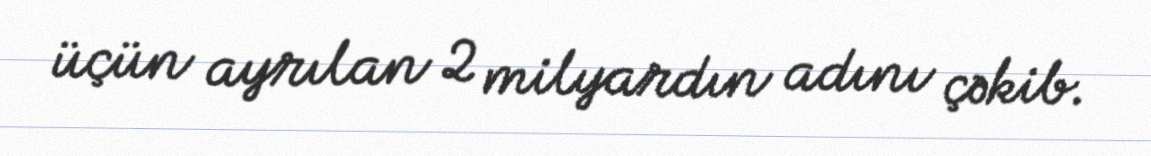
üçün ayrılan 2 milyardın adını çəkib.